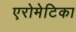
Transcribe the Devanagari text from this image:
एरोमेटिका